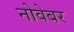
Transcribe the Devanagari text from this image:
नोवेबर